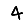
Digit: 4